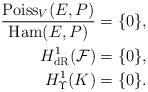
LaTeX: \begin{align*}\frac{\operatorname{Poiss}_{V}(E,P)}{\operatorname{Ham}(E,P)}&=\{0\},\\H_{\operatorname{dR}}^{1}(\mathcal{F})&=\{0\}, \\H_{\Upsilon}^{1}(K)&=\{0\}. \end{align*}